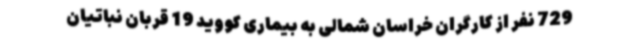
729 نفر از کارگران خراسان شمالی به بیماری کووید 19 قربان نباتیان